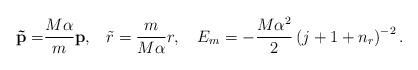
LaTeX: \begin{align*}{\bf \tilde{p}=}\frac{M\alpha }m{\bf p,\quad }\tilde{r}=\frac m{M\alpha}r,\quad E_m=-\frac{M\alpha ^2}2\left( j+1+n_r\right) ^{-2}.\end{align*}